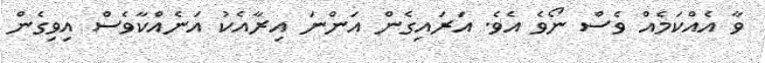
ވާ އެއްކަމެއް ވެސް ނޯވެ އެވެ. އަރައިގެން އަންނަ އިރާއެކު އަނެއްކާވެސް އިވިގެން